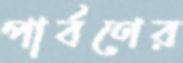
পার্বণের